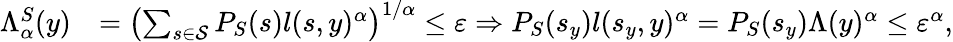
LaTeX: \begin{array}{rl}{\Lambda_{\alpha}^{S}(y)}&{=\left(\sum_{s\in\mathcal{S}}P_{S}(s)l(s,y)^{\alpha}\right)^{1/\alpha}\leq{\varepsilon}\Rightarrow P_{S}(s_{y})l(s_{y},y)^{\alpha}=P_{S}(s_{y})\Lambda(y)^{\alpha}\leq{\varepsilon^{\alpha}},}\end{array}